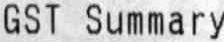
GST SUMMARY